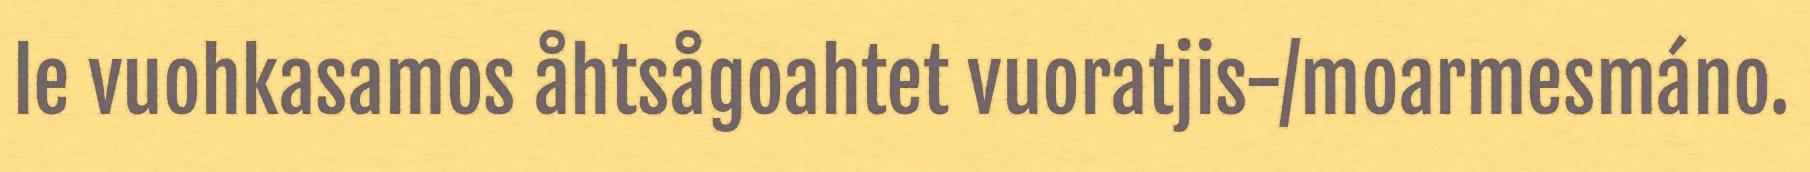
le vuohkasamos åhtsågoahtet vuoratjis-/moarmesmáno.